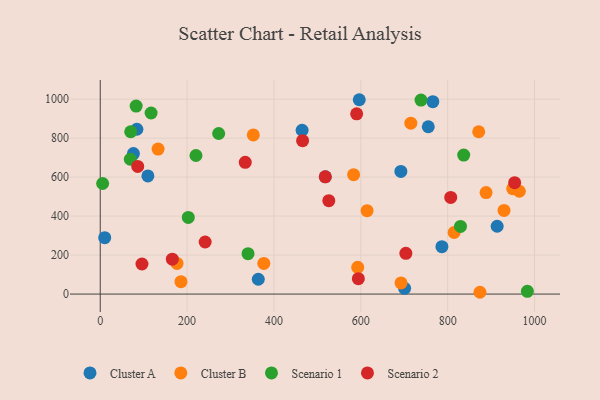
{"axis": {"x": "Engine Size", "y": "Demand"}, "legend": ["Cluster A", "Cluster B", "Scenario 1", "Scenario 2"], "data": [{"x": "692.2", "y": 629.3, "type": "Cluster A"}, {"x": "76.4", "y": 720.9, "type": "Cluster A"}, {"x": "700.8", "y": 29.7, "type": "Cluster A"}, {"x": "755.3", "y": 858.2, "type": "Cluster A"}, {"x": "363.9", "y": 76.0, "type": "Cluster A"}, {"x": "464.8", "y": 840.4, "type": "Cluster A"}, {"x": "596.4", "y": 996.9, "type": "Cluster A"}, {"x": "913.9", "y": 347.8, "type": "Cluster A"}, {"x": "786.7", "y": 242.9, "type": "Cluster A"}, {"x": "109.7", "y": 606.0, "type": "Cluster A"}, {"x": "765.8", "y": 987.0, "type": "Cluster A"}, {"x": "10.3", "y": 289.4, "type": "Cluster A"}, {"x": "518.2", "y": 601.9, "type": "Cluster A"}, {"x": "84.4", "y": 845.5, "type": "Cluster A"}, {"x": "185.9", "y": 63.8, "type": "Cluster B"}, {"x": "874.3", "y": 9.2, "type": "Cluster B"}, {"x": "614.4", "y": 427.9, "type": "Cluster B"}, {"x": "583.4", "y": 612.5, "type": "Cluster B"}, {"x": "352.4", "y": 816.4, "type": "Cluster B"}, {"x": "965.0", "y": 527.5, "type": "Cluster B"}, {"x": "888.4", "y": 520.7, "type": "Cluster B"}, {"x": "376.6", "y": 157.4, "type": "Cluster B"}, {"x": "133.2", "y": 743.8, "type": "Cluster B"}, {"x": "176.8", "y": 157.1, "type": "Cluster B"}, {"x": "715.1", "y": 876.7, "type": "Cluster B"}, {"x": "814.8", "y": 315.7, "type": "Cluster B"}, {"x": "929.7", "y": 428.9, "type": "Cluster B"}, {"x": "871.4", "y": 832.5, "type": "Cluster B"}, {"x": "949.7", "y": 540.5, "type": "Cluster B"}, {"x": "692.6", "y": 57.1, "type": "Cluster B"}, {"x": "592.8", "y": 137.2, "type": "Cluster B"}, {"x": "983.5", "y": 13.9, "type": "Scenario 1"}, {"x": "5.5", "y": 567.2, "type": "Scenario 1"}, {"x": "829.5", "y": 347.2, "type": "Scenario 1"}, {"x": "82.7", "y": 964.2, "type": "Scenario 1"}, {"x": "340.3", "y": 207.1, "type": "Scenario 1"}, {"x": "738.6", "y": 995.1, "type": "Scenario 1"}, {"x": "220.4", "y": 710.8, "type": "Scenario 1"}, {"x": "836.9", "y": 713.2, "type": "Scenario 1"}, {"x": "117.1", "y": 928.9, "type": "Scenario 1"}, {"x": "69.2", "y": 691.5, "type": "Scenario 1"}, {"x": "272.7", "y": 823.7, "type": "Scenario 1"}, {"x": "202.7", "y": 392.9, "type": "Scenario 1"}, {"x": "70.1", "y": 832.7, "type": "Scenario 1"}, {"x": "518.2", "y": 601.5, "type": "Scenario 2"}, {"x": "703.7", "y": 209.1, "type": "Scenario 2"}, {"x": "241.6", "y": 267.0, "type": "Scenario 2"}, {"x": "96.1", "y": 154.3, "type": "Scenario 2"}, {"x": "526.3", "y": 479.3, "type": "Scenario 2"}, {"x": "465.9", "y": 786.8, "type": "Scenario 2"}, {"x": "594.3", "y": 79.0, "type": "Scenario 2"}, {"x": "166.0", "y": 178.9, "type": "Scenario 2"}, {"x": "333.9", "y": 675.9, "type": "Scenario 2"}, {"x": "807.0", "y": 495.9, "type": "Scenario 2"}, {"x": "954.2", "y": 571.4, "type": "Scenario 2"}, {"x": "590.4", "y": 924.7, "type": "Scenario 2"}, {"x": "86.3", "y": 655.0, "type": "Scenario 2"}]}